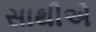
સાથીએ